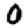
Digit: 0